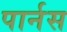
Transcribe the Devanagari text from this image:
पार्नस